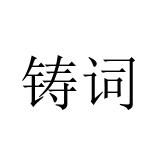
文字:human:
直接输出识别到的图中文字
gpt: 铸词